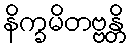
နိက္ခမိတဗ္ဗန္တိ